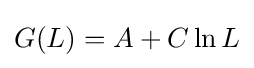
G(L)=A+C\ln L